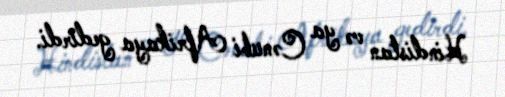
Hindistan və ya Cənubi Afrikaya gedirdi.